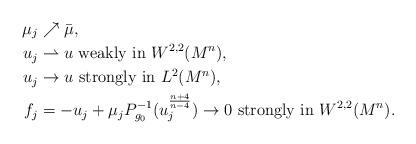
LaTeX: \begin{align*} \mu_j &\nearrow \bar{\mu}, \\u_j &\rightharpoonup u \mbox{ weakly in } W^{2,2}(M^n), \\u_j &\rightarrow u \mbox{ strongly in } L^2(M^n), \\f_j &= - u_j + \mu_j P_{g_0}^{-1} (u_j^{\frac{n+4}{n-4}} ) \rightarrow 0 \mbox{ strongly in } W^{2,2}(M^n).\end{align*}